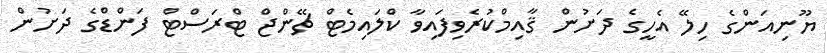
ޔޫނިއަންގެ ހިލޭ އެހީގެ ދަށުން ޤާއިމްކުރެވިފައިވާ ކްލައިމެޓް ޗޭންޖް ޓްރަސްޓް ފަންޑްގެ ދަށުން